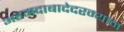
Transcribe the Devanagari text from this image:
अहमदाबादेदरम्यान